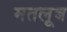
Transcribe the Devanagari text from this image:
मतलूब